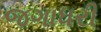
જગાધરી